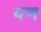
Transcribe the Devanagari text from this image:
यण